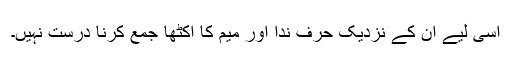
اسی لیے ان کے نزدیک حرف ندا اور میم کا اکٹھا جمع کرنا درست نہیں۔